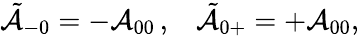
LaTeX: \tilde{\cal A}_{-0}=-{\cal A}_{00}\, ,\; \; \; \tilde{\cal A}_{0+}=+{\cal A}_{00},